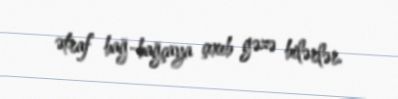
ətraf bağ-bağçaya çıxıb gəzə bilərlər.